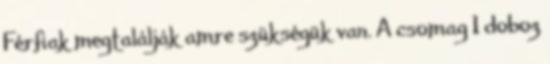
Férfiak megtalálják amre szükségük van. A csomag 1 doboz